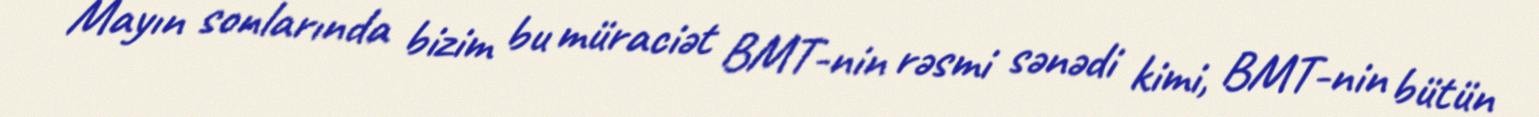
Mayın sonlarında bizim bu müraciət BMT-nin rəsmi sənədi kimi, BMT-nin bütün